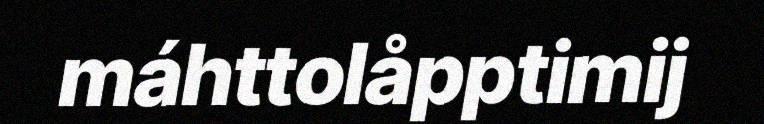
máhttolåpptimij